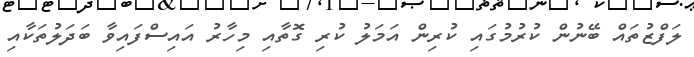
ލަފްޒުތައް ބޭނުން ކުރުމުގައި ކުރިން އަމަލު ކުރި ގޮތާއި މިހާރު އައިސްފައިވާ ބަދަލުތަކާއި